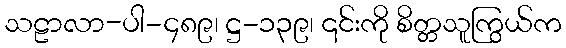
သဠာလာ-ပါ-၄၈၉၊ ဋ္ဌ-၁၃၉၊ ၎င်းကို စိတ္တသူကြွယ်က